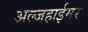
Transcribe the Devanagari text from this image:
अल्जहाईमर